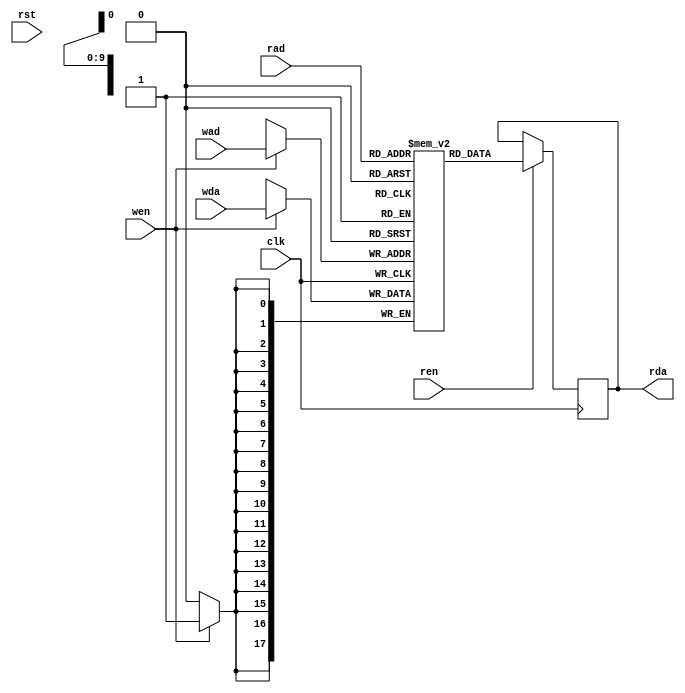
// Description  : Editing from Xilinx's code
////////////////////////////////////////////////////////////////////////////////

module xil_bram_sdp_1clk
    (
     clk,
     rst,
     wen,
     wad,
     wda,
     ren,
     rad,
     rda
     
     );

parameter ADR = 10;
parameter DAT = 18;
parameter DEP = 1024;
parameter DEL = 1  ;
parameter INIT_FILE = "";

input [ADR-1:0]     wad;
input [ADR-1:0]     rad;
input [DAT-1:0]     wda;
input               clk;
input               wen;
input               ren;
input               rst;
output [DAT-1:0]    rda;

wire            regceb = 1'b1;

(* ram_style="block" *) 
reg [DAT-1:0]   ram_name [DEP-1:0];
reg [DAT-1:0]   ram_data = {DAT{1'b0}};

generate
if (INIT_FILE != "") 
    begin: use_init_file
    initial
        $readmemh(INIT_FILE, ram_name, 0, DEP-1);
    end 
else
    begin: init_bram_to_zero
    integer ram_index;
    initial
        for (ram_index = 0; ram_index < DEP; ram_index = ram_index + 1)
            ram_name[ram_index] = {DAT{1'b0}};
    end
endgenerate

always @(posedge clk) 
    begin
    if (wen)
        ram_name[wad] <= wda; 
    if (ren)
        ram_data <= ram_name[rad];
  end        

reg [DAT-1:0] rda_reg = {DAT{1'b0}};
always @(posedge clk)
    if (rst)            rda_reg <= {DAT{1'b0}};
    else if (regceb)    rda_reg <= ram_data;

generate
if (DEL == 1) 
    begin: no_output_register
    assign rda = ram_data;
    end 
else 
    begin: output_register
    assign                  rda = rda_reg;
    end
endgenerate
                        

endmodule